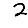
Digit: 2